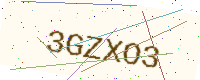
Text: 3GZXO3